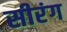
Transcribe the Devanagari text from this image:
सीरंग